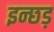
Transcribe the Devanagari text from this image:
इन्छड़